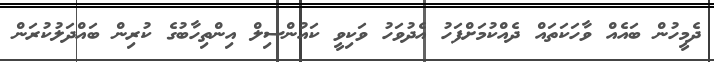
ދެމީހުން ބައެއް ވާހަކަތައް ދެއްކުމަށްފަހު އެދުވަހު ވަކިވީ ކައުންސިލް އިންތިހާބުގެ ކުރިން ބައްދަލުކުރަން